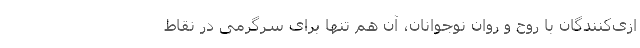
ازی‌کنندگان با روح و روان نوجوانان، آن هم تنها برای سرگرمی در نقاط